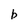
Character: b